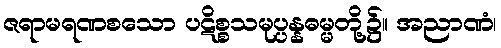
ဇရာမရဏစသော ပဋိစ္စသမုပ္ပန္နဓမ္မတို့၌။ အညာဏံ၊